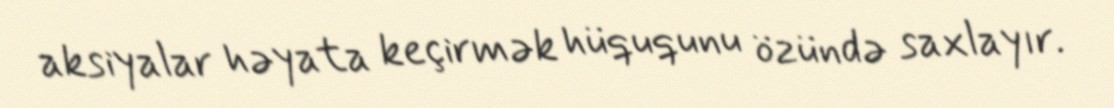
aksiyalar həyata keçirmək hüququnu özündə saxlayır.